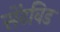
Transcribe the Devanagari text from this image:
सेंटविड